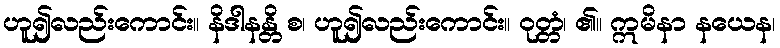
ဟူ၍လည်းကောင်း။ နိဒါနန္တိ စ၊ ဟူ၍လည်းကောင်း။ ဝုတ္တံ၊ ၏။ ဣမိနာ နယေန၊